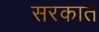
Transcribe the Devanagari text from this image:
सरकाते